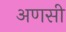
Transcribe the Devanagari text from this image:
अणसी